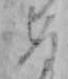
め